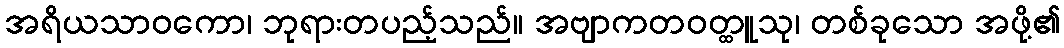
အရိယသာဝကော၊ ဘုရားတပည့်သည်။ အဗျာကတဝတ္ထူသု၊ တစ်ခုသော အဖို့၏